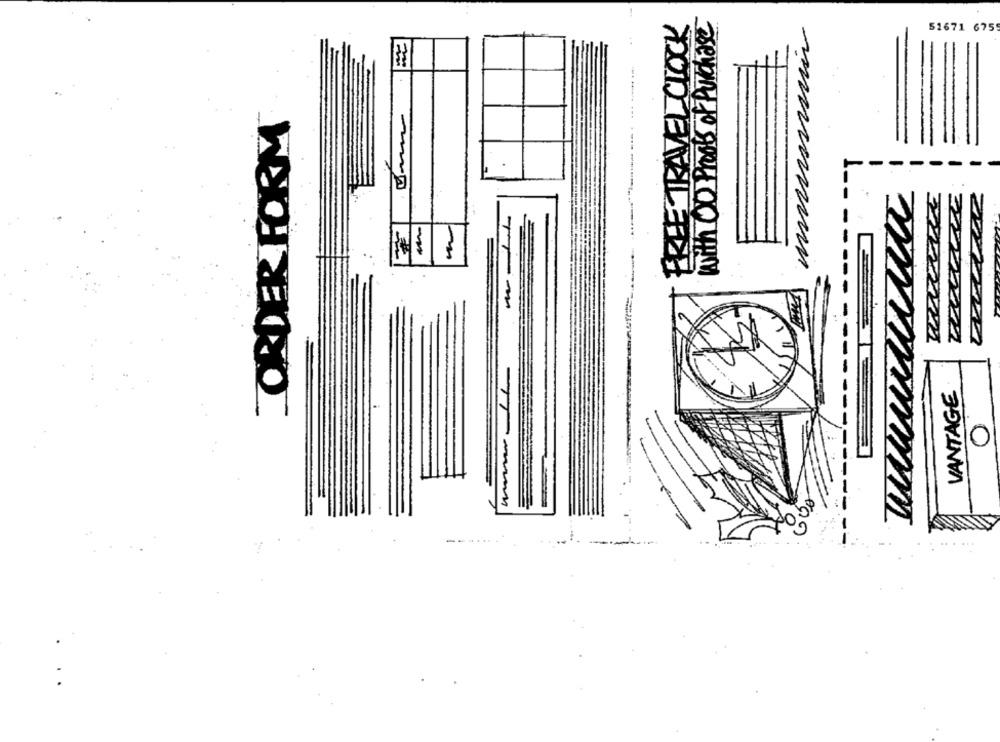
with OO Photos of Purchase
51671 675
--
ORDER FORM
munnen
227272222
22722722
VANTAGE